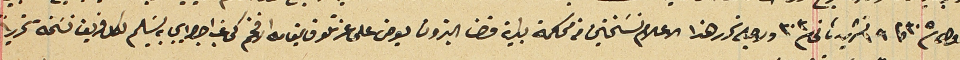
اول ٣٠٥ وفى ١٩ تشرين ثانى ٣٠٣ ولاجله تحرر هذا الاعلام نسَختين من محكمة بداية قضا البترون يعرض على عزتلو قايمقام الافخم كى غب اجرا ايجابه تسَليم لكل فريق نسخة تحريراً